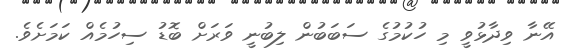
އޭނާ ވިދާޅުވީ މި ހުކުމުގެ ސަބަބުން ލިބުނީ ވަރަށް ބޮޑު ސިހުމެއް ކަމަށެވެ.